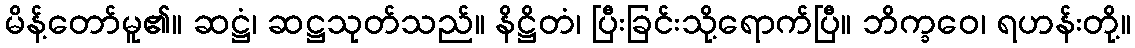
မိန့်တော်မူ၏။ ဆဋ္ဌံ၊ ဆဋ္ဌသုတ်သည်။ နိဋ္ဌိတံ၊ ပြီးခြင်းသို့ရောက်ပြီ။ ဘိက္ခဝေ၊ ရဟန်းတို့။